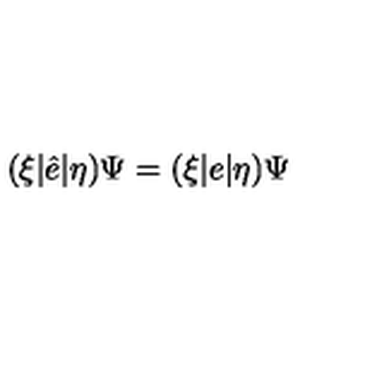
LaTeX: ( \xi | \hat { e } | \eta ) \Psi = ( \xi | e | \eta ) \Psi